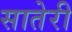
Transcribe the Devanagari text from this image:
सातेरी